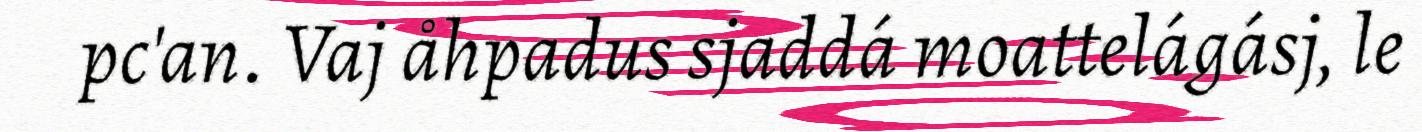
pc'an. Vaj åhpadus sjaddá moattelágásj, le